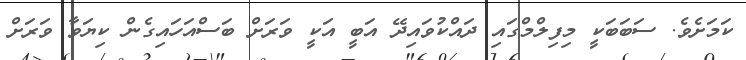
ކަމަށެވެ. ސަބަބަކީ މިފިލްމްގައި ދައްކުވައިދޭ އަބީ އަކީ ވަރަށް ބަސްއަހައިގެން ކިޔަވާ ވަރަށް